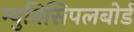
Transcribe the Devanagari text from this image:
म्युनिसिपलबोर्ड